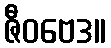
ဇီဝဗေဒ။